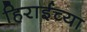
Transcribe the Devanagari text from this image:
हिराईच्या